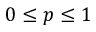
0 \leq p \leq 1